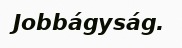
Jobbágyság.